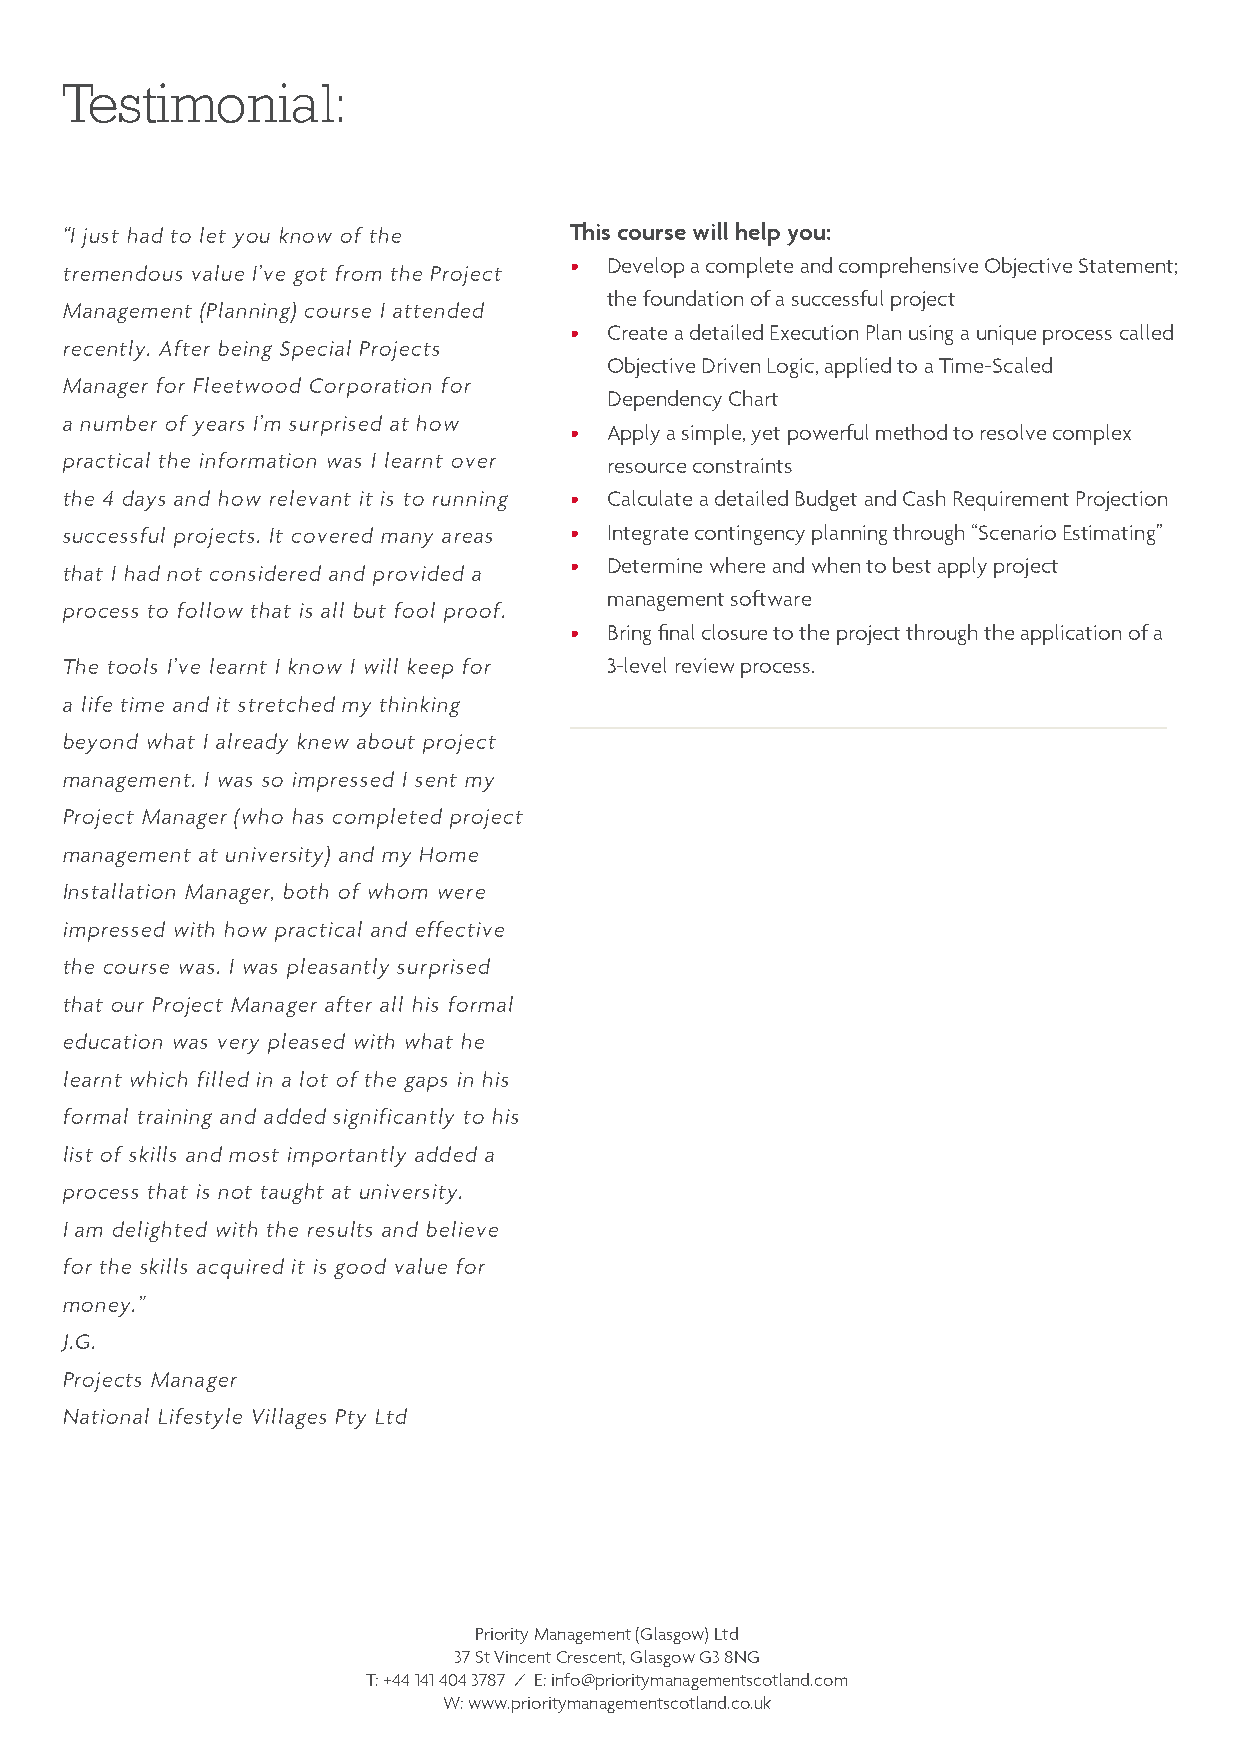
Testimonial:
 “I just had to let you know of the This course will help you:
 • Develop a complete and comprehensive Objective Statement;
 tremendous value I’ve got from the Project
 the foundation of a successful project
 Management (Planning) course I attended
 • Create a detailed Execution Plan using a unique process called
 recently. After being Special Projects
 Objective Driven Logic, applied to a Time-Scaled
 Manager for Fleetwood Corporation for
 Dependency Chart
 a number of years I’m surprised at how
 • Apply a simple, yet powerful method to resolve complex
 practical the information was I learnt over resource constraints
 the 4 days and how relevant it is to running • Calculate a detailed Budget and Cash Requirement Projection
 successful projects. It covered many areas • Integrate contingency planning through “Scenario Estimating”
 • Determine where and when to best apply project
 that I had not considered and provided a
 management software
 process to follow that is all but fool proof.
 • Bring final closure to the project through the application of a
 The tools I’ve learnt I know I will keep for 3-level review process.
 a life time and it stretched my thinking
 beyond what I already knew about project
 management. I was so impressed I sent my
 Project Manager (who has completed project
 management at university) and my Home
 Installation Manager, both of whom were
 impressed with how practical and effective
 the course was. I was pleasantly surprised
 that our Project Manager after all his formal
 education was very pleased with what he
 learnt which filled in a lot of the gaps in his
 formal training and added significantly to his
 list of skills and most importantly added a
 process that is not taught at university.
 I am delighted with the results and believe
 for the skills acquired it is good value for
 money.”
 J.G.
 Projects Manager
 National Lifestyle Villages Pty Ltd
 Priority Management (Glasgow) Ltd
 37 St Vincent Crescent, Glasgow G3 8NG
 T: +44 141 404 3787 / E: info@prioritymanagementscotland.com
 W: www.prioritymanagementscotland.co.uk